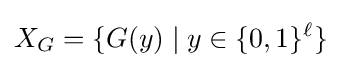
X_{G}=\{G(y)\;\vert \;y\in \{0,1\}^{\ell }\}